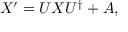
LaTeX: X ^ { \prime } = U X U ^ { \dagger } + A ,